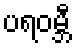
ပရဝမ္ဘီ